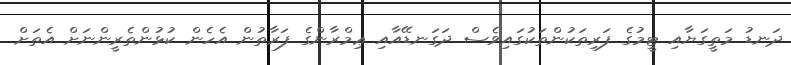
ދަނޑު މަތީގަޔާއި ޓީމުގެ ފަރިތަކުންތަކުގައިވެސް ދަގަނޑޭއާއި ޢިމްރާންގެ ފަރާތުން އެހެން ކުޅުންތެރީންނަށް އެތަށް